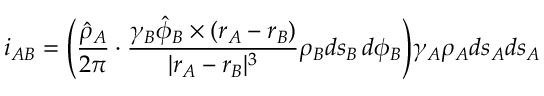
i _ { A B } = \Bigg ( \frac { \hat { \rho } _ { A } } { 2 \pi } \cdot \frac { \gamma _ { B } \hat { \phi } _ { B } \times ( \boldsymbol { r _ { A } } - \boldsymbol { r _ { B } } ) } { | \boldsymbol { r _ { A } } - \boldsymbol { r _ { B } } | ^ { 3 } } \rho _ { B } d s _ { B } \, d \phi _ { B } \Bigg ) \gamma _ { A } \rho _ { A } d s _ { A } d s _ { A }